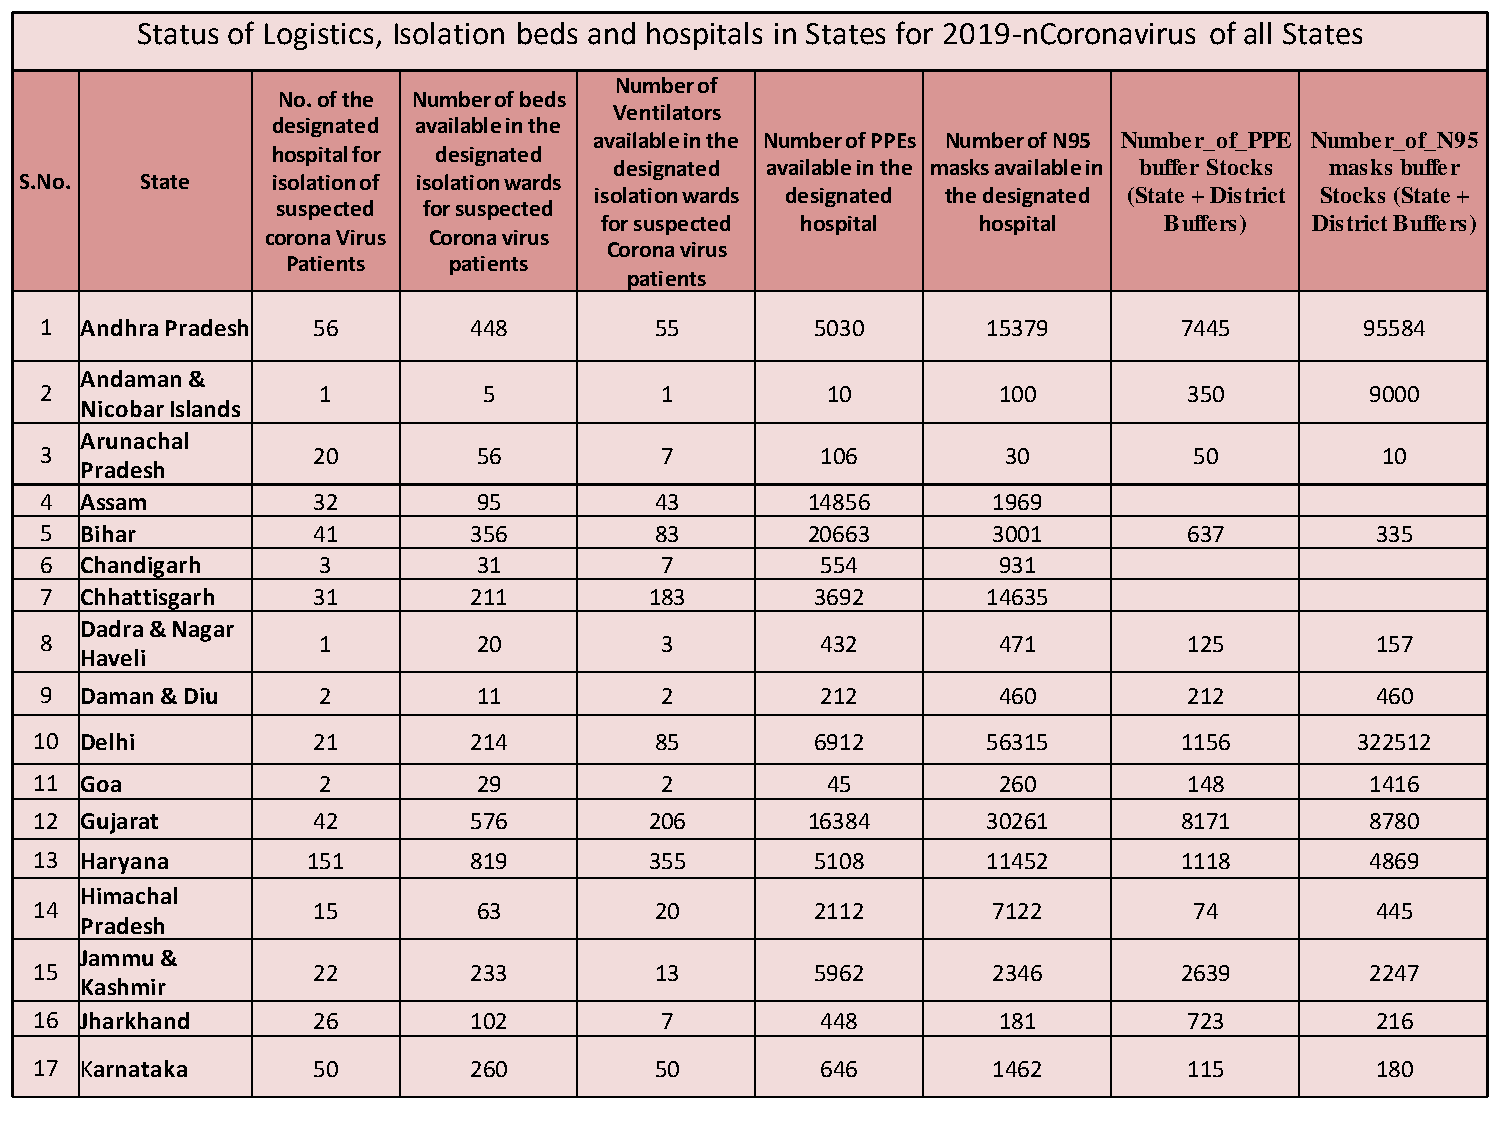
Status of Logistics, Isolation beds and hospitals in States for 2019-nCoronavirus of all States
 Number of
 No. of the Number of beds
 Ventilators
 designated available in the
 available in the Number of PPEs Number of N95 Number_of_PPE Number_of_N95
 hospital for designated
 designated available in the masks available in buffer Stocks masks buffer
 S.No.   State    isolation of isolation wards
 isolation wards designated the designated (State + District Stocks (State +
 suspected for suspected
 for suspected hospital   hospital    Buffers)  District Buffers)
 corona Virus Corona virus
 Corona virus
 Patients   patients
 patients
 1 Andhra Pradesh  56        448         55         5030       15379        7445        95584
 Andaman &
 2                 1          5           1          10         100          350         9000
 Nicobar Islands
 Arunachal
 3                 20         56          7         106          30          50          10
 Pradesh
 4 Assam           32         95         43        14856        1969
 5 Bihar           41        356         83        20663        3001         637         335
 6 Chandigarh      3          31          7         554         931
 7 Chhattisgarh    31        211         183        3692       14635
 Dadra & Nagar
 8                 1          20          3         432         471          125         157
 Haveli
 9 Daman & Diu     2          11          2         212         460          212         460
 10 Delhi           21        214         85         6912       56315        1156        322512
 11 Goa             2          29          2          45         260          148         1416
 12 Gujarat         42        576         206       16384       30261        8171         8780
 13 Haryana        151        819         355        5108       11452        1118         4869
 Himachal
 14                 15         63         20         2112        7122         74          445
 Pradesh
 Jammu &
 15                 22        233         13         5962        2346        2639         2247
 Kashmir
 16 Jharkhand       26        102          7         448         181          723         216
 17 Karnataka       50        260         50         646         1462         115         13810